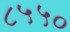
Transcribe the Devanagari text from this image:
८५५०